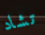
تشاد